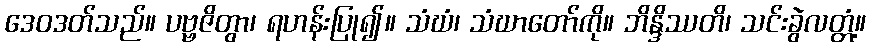
ဒေဝဒတ်သည်။ ပဗ္ဗဇိတွာ၊ ရဟန်းပြု၍။ သံဃံ၊ သံဃာတော်ကို။ ဘိန္ဒိဿတိ၊ သင်းခွဲလတ္တံ့။